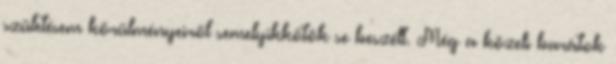
születésem körülményeiről semelyikkőtök se beszélt. Még a közeli barátok